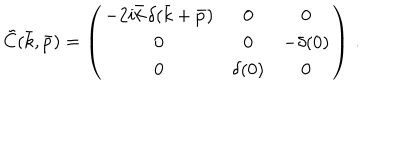
\tilde { C } ( \bar { k } , \bar { p } ) = \left( \begin{array} { c c c } { { - 2 i \bar { k } \, \delta ( \bar { k } + \bar { p } ) } } & { { 0 } } & { { 0 } } \\ { { 0 } } & { { 0 } } & { { - \delta ( 0 ) } } \\ { { 0 } } & { { \delta ( 0 ) } } & { { 0 } } \\ \end{array} \right) \, .